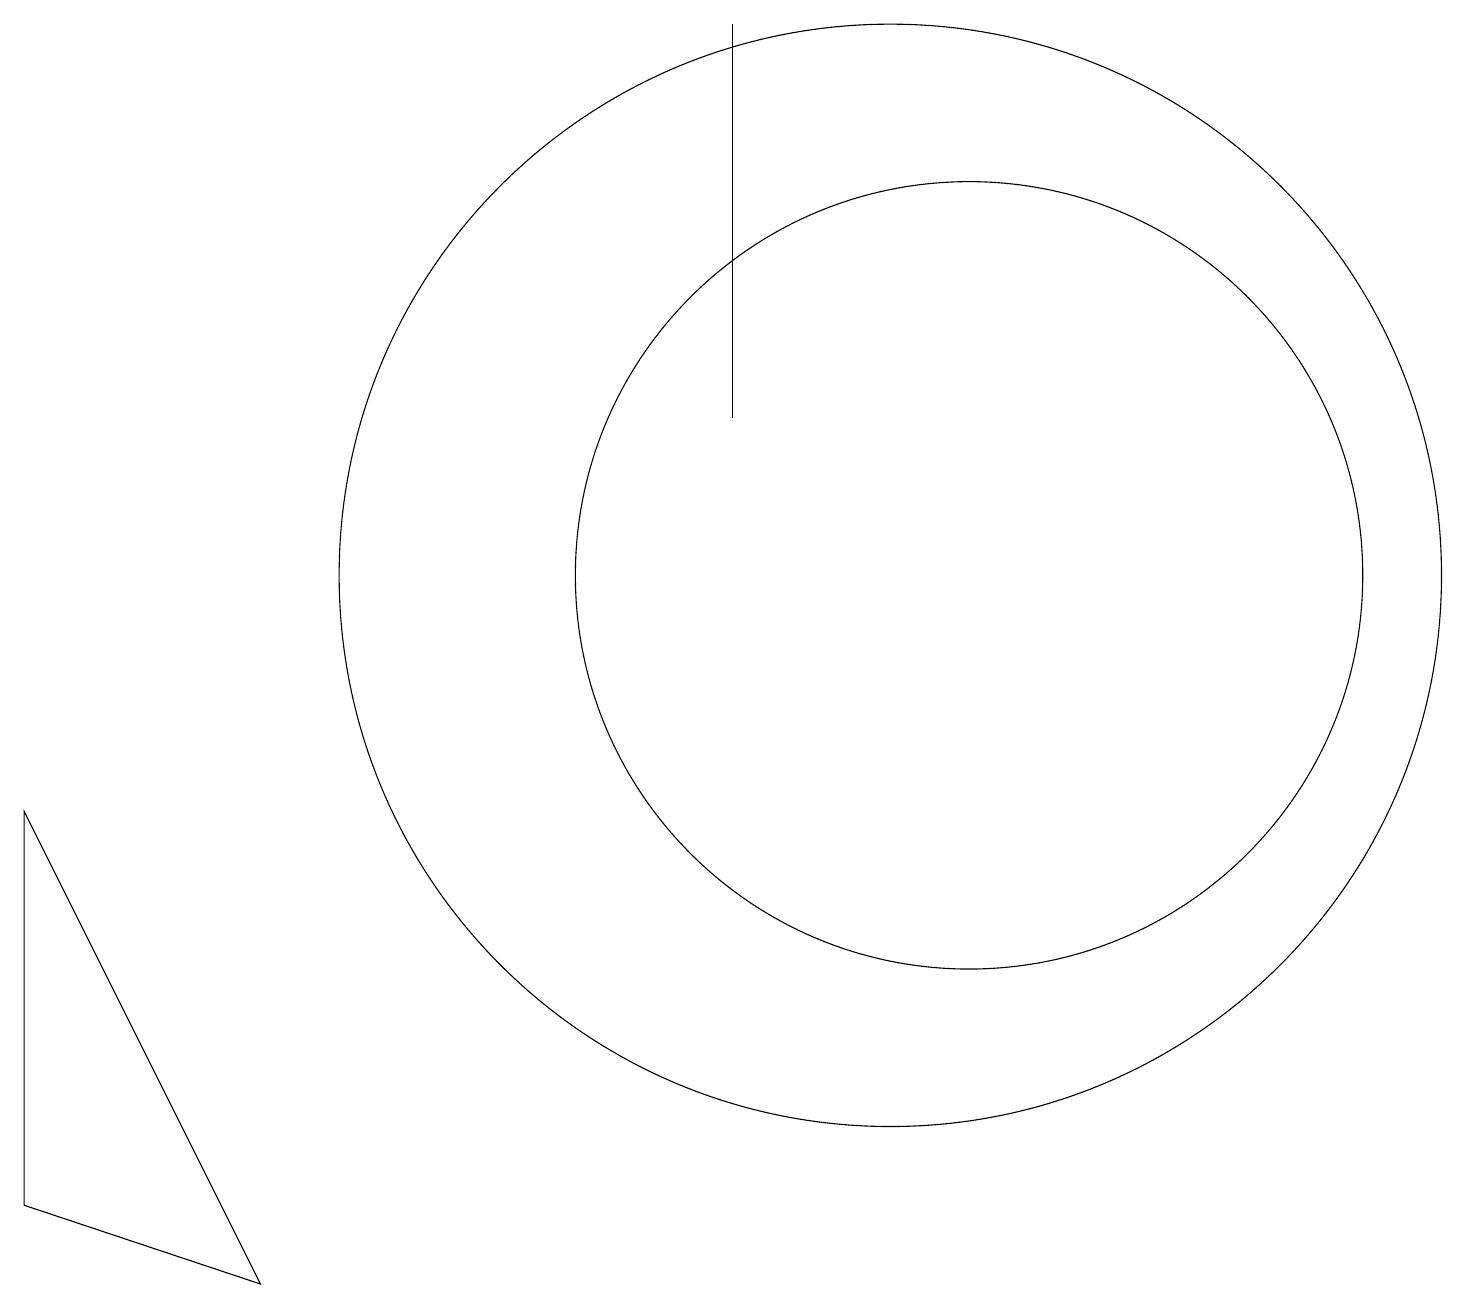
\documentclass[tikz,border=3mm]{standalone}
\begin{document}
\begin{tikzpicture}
\draw (11,10) circle (7);
\draw (12,10) circle (5);
\draw (9,17) rectangle (9,12);
\draw (0,2) -- (0,7) -- (3,1) -- cycle;
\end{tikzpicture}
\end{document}